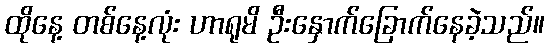
ထိုနေ့ တစ်နေ့လုံး ဟာရုမိ ဦးနှောက်ခြောက်နေခဲ့သည်။